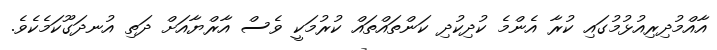
އާއްމުދިރިއުޅުމުގައި ކުރާ އެންމެ ކުދިކުދި ކަންތައްތައް ކުރުމަކީ ވެސް އާރްޔާއަށް ދަތި އުނދަގޫކަމެކެވެ.